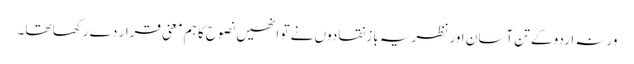
ورنہ اردو کے تن آسان اور نظریہ باز نقادوں نے تو انھیں نصوح کا ہم معنی قرار دے رکھا تھا۔